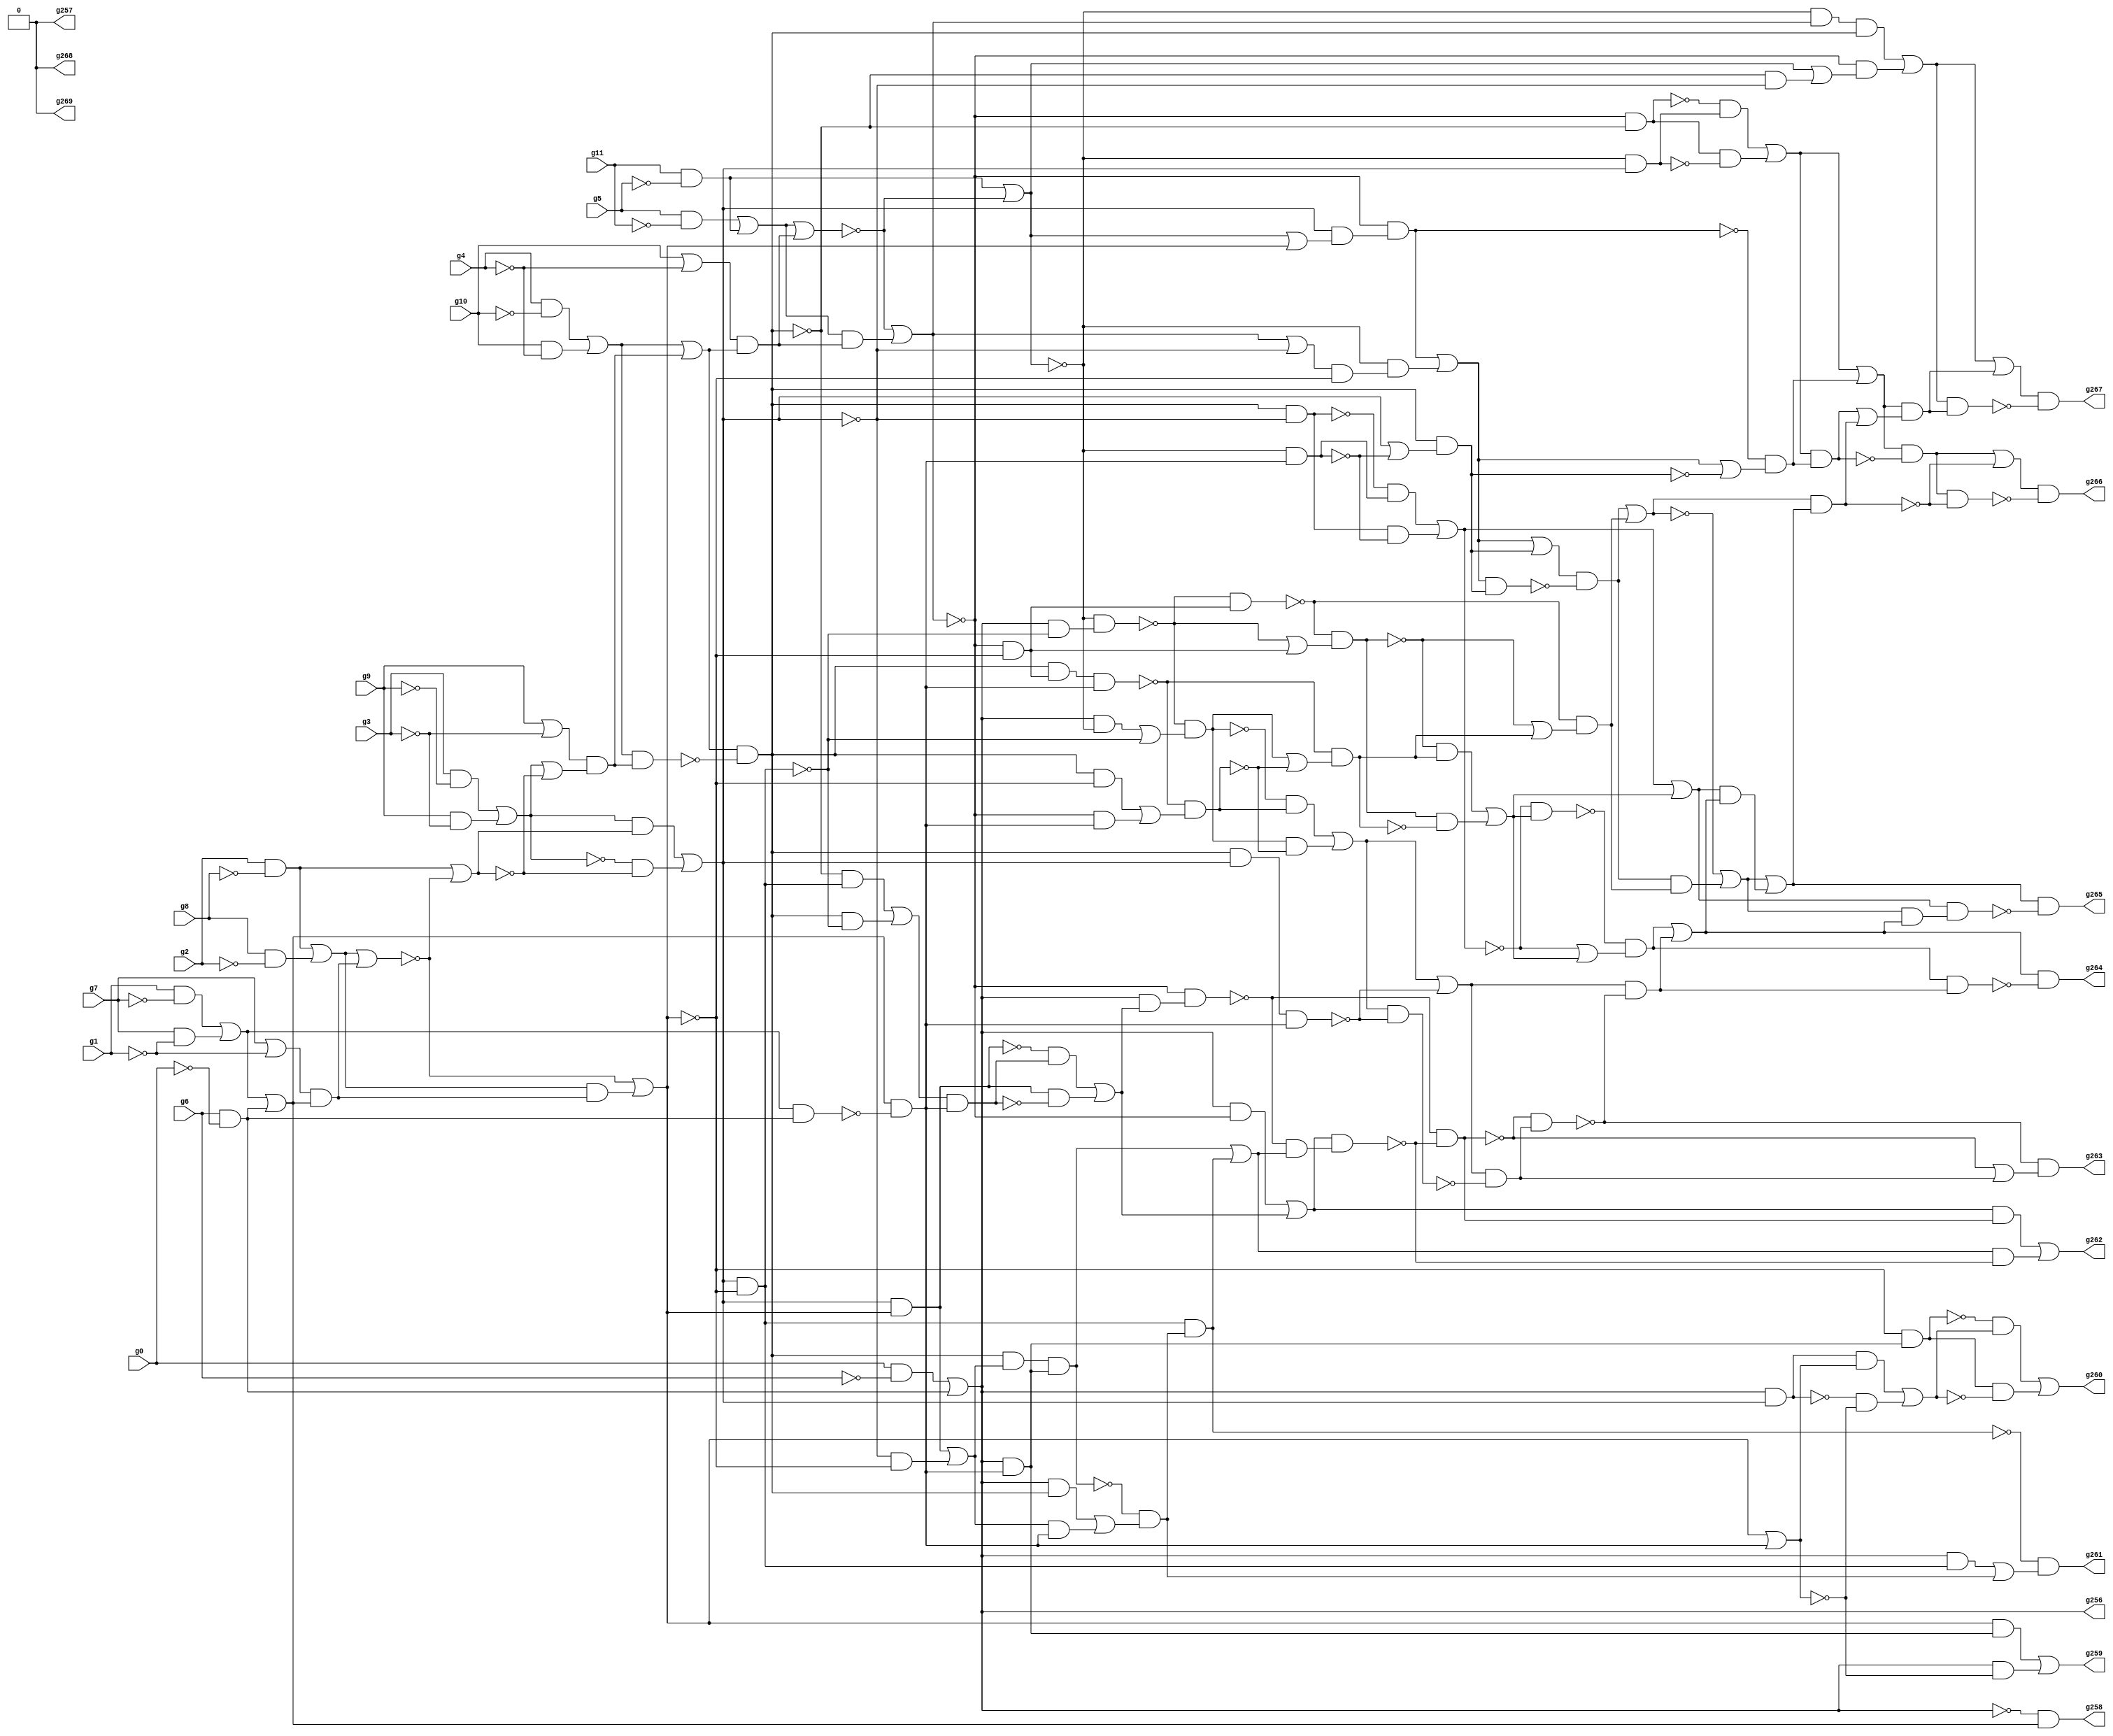
// Benchmark "circuit" written by ABC on Mon Apr 25 15:24:40 2022

module circuit ( 
    g0, g1, g2, g3, g4, g5, g6, g7, g8, g9, g10, g11,
    g269, g268, g267, g266, g265, g264, g263, g262, g261, g260, g259, g258,
    g257, g256  );
  input  g0, g1, g2, g3, g4, g5, g6, g7, g8, g9, g10, g11;
  output g269, g268, g267, g266, g265, g264, g263, g262, g261, g260, g259,
    g258, g257, g256;
  wire g15, g16, g17, g18, g19, g20, g21, g22, g23, g24, g25, g26, g27, g28,
    g29, g30, g31, g32, g33, g34, g35, g36, g37, g38, g39, g40, g41, g42,
    g43, g44, g45, g46, g47, g48, g49, g50, g51, g52, g53, g54, g55, g56,
    g57, g58, g59, g60, g61, g62, g63, g64, g65, g66, g67, g68, g69, g70,
    g71, g72, g73, g74, g75, g76, g77, g78, g79, g80, g81, g82, g83, g84,
    g85, g86, g87, g88, g89, g90, g91, g92, g93, g94, g95, g96, g97, g98,
    g99, g100, g101, g102, g103, g104, g105, g106, g107, g108, g109, g110,
    g111, g112, g113, g114, g115, g116, g117, g118, g119, g120, g121, g122,
    g123, g124, g125, g126, g127, g128, g129, g130, g131, g132, g133, g134,
    g135, g136, g137, g138, g139, g140, g141, g142, g143, g144, g145, g146,
    g147, g148, g149, g150, g151, g152, g153, g154, g155, g156, g157, g158,
    g159, g160, g161, g162, g163, g164, g165, g166, g167, g168, g169, g170,
    g171, g172, g173, g174, g175, g176, g177, g178, g179, g180, g181, g182,
    g183, g184, g185, g186, g187, g188, g189, g190, g191, g192, g193, g194,
    g195, g196, g197, g198, g199, g200, g201, g202, g203, g204, g205, g206,
    g207, g208, g209, g210, g211, g212, g213, g214, g215, g216, g217, g218,
    g219, g220, g221, g222, g223, g224, g225, g226, g227, g228, g229, g230,
    g231, g232, g233, g234, g235, g236, g237, g238, g239, g240, g241, g242,
    g243, g244, g245, g246, g247, g248, g249, g250, g251, g252, g253, g254,
    g255, g14, g13, g12;
  assign g15 = ~g11;
  assign g16 = ~g10;
  assign g17 = ~g9;
  assign g18 = ~g8;
  assign g19 = ~g7;
  assign g20 = ~g6;
  assign g21 = g5 & g15;
  assign g22 = ~g5;
  assign g23 = g11 & g22;
  assign g24 = g21 | g23;
  assign g25 = g4 & g16;
  assign g26 = ~g4;
  assign g27 = g10 | g26;
  assign g28 = g10 & g26;
  assign g29 = g25 | g28;
  assign g30 = g3 & g17;
  assign g31 = ~g3;
  assign g32 = g9 & g31;
  assign g33 = g30 | g32;
  assign g34 = ~g33;
  assign g35 = g9 | g31;
  assign g36 = g2 & g18;
  assign g37 = ~g2;
  assign g38 = g8 & g37;
  assign g39 = g36 | g38;
  assign g40 = g1 & g19;
  assign g41 = ~g1;
  assign g42 = g7 | g41;
  assign g43 = g7 & g41;
  assign g44 = g40 | g43;
  assign g45 = g0 & g20;
  assign g46 = ~g0;
  assign g47 = g6 & g46;
  assign g48 = g45 | g47;
  assign g49 = ~g48;
  assign g50 = g44 | g47;
  assign g51 = g42 & g50;
  assign g52 = g39 | g51;
  assign g53 = ~g52;
  assign g54 = g36 | g53;
  assign g55 = g33 & g54;
  assign g56 = ~g54;
  assign g57 = g33 | g56;
  assign g58 = g35 & g57;
  assign g59 = g29 | g58;
  assign g60 = g27 & g59;
  assign g61 = g24 | g60;
  assign g62 = ~g61;
  assign g63 = g23 | g62;
  assign g64 = ~g63;
  assign g65 = g48 & g64;
  assign g66 = g24 & g60;
  assign g67 = g62 | g66;
  assign g68 = g64 & g67;
  assign g69 = ~g67;
  assign g70 = g48 & g69;
  assign g71 = g29 & g58;
  assign g72 = ~g71;
  assign g73 = g59 & g72;
  assign g74 = g48 & g73;
  assign g75 = g68 & g73;
  assign g76 = ~g73;
  assign g77 = g69 & g76;
  assign g78 = ~g77;
  assign g79 = g34 & g56;
  assign g80 = g55 | g79;
  assign g81 = g64 & g80;
  assign g82 = g78 & g81;
  assign g83 = ~g81;
  assign g84 = g77 & g83;
  assign g85 = g82 | g84;
  assign g86 = g73 & g80;
  assign g87 = g48 & g80;
  assign g88 = ~g87;
  assign g89 = ~g80;
  assign g90 = g67 | g89;
  assign g91 = g73 & g89;
  assign g92 = ~g91;
  assign g93 = g76 & g89;
  assign g94 = g63 | g93;
  assign g95 = g69 & g94;
  assign g96 = g75 | g95;
  assign g97 = g39 & g51;
  assign g98 = g53 | g97;
  assign g99 = g63 | g98;
  assign g100 = g80 & g99;
  assign g101 = g69 & g100;
  assign g102 = ~g101;
  assign g103 = g80 & g98;
  assign g104 = ~g103;
  assign g105 = ~g98;
  assign g106 = g90 & g105;
  assign g107 = g64 & g106;
  assign g108 = g101 | g107;
  assign g109 = g80 & g105;
  assign g110 = g76 & g109;
  assign g111 = g48 & g109;
  assign g112 = ~g109;
  assign g113 = g48 & g112;
  assign g114 = g64 & g113;
  assign g115 = ~g114;
  assign g116 = g65 | g112;
  assign g117 = g115 & g116;
  assign g118 = ~g117;
  assign g119 = g73 & g112;
  assign g120 = g110 | g119;
  assign g121 = g69 & g105;
  assign g122 = g115 & g121;
  assign g123 = ~g122;
  assign g124 = g115 | g121;
  assign g125 = g123 & g124;
  assign g126 = ~g125;
  assign g127 = g73 & g121;
  assign g128 = g73 & g105;
  assign g129 = g89 & g105;
  assign g130 = g103 | g129;
  assign g131 = g73 & g130;
  assign g132 = g49 & g50;
  assign g133 = g44 & g47;
  assign g134 = ~g133;
  assign g135 = g50 & g134;
  assign g136 = g64 & g135;
  assign g137 = g92 & g136;
  assign g138 = ~g136;
  assign g139 = g80 | g138;
  assign g140 = g73 & g139;
  assign g141 = g108 | g140;
  assign g142 = g108 & g140;
  assign g143 = ~g142;
  assign g144 = g141 & g143;
  assign g145 = ~g140;
  assign g146 = g108 | g145;
  assign g147 = g102 & g146;
  assign g148 = g85 | g147;
  assign g149 = g85 & g147;
  assign g150 = ~g149;
  assign g151 = g148 & g150;
  assign g152 = g91 & g138;
  assign g153 = g137 | g152;
  assign g154 = ~g153;
  assign g155 = g127 & g135;
  assign g156 = ~g155;
  assign g157 = g69 & g135;
  assign g158 = g128 | g157;
  assign g159 = g156 & g158;
  assign g160 = g118 & g159;
  assign g161 = ~g159;
  assign g162 = g117 | g161;
  assign g163 = g156 & g162;
  assign g164 = g126 | g163;
  assign g165 = g123 & g164;
  assign g166 = g144 | g165;
  assign g167 = ~g166;
  assign g168 = g144 & g165;
  assign g169 = g167 | g168;
  assign g170 = g126 & g163;
  assign g171 = ~g163;
  assign g172 = g125 & g171;
  assign g173 = g170 | g172;
  assign g174 = g153 | g173;
  assign g175 = g154 & g173;
  assign g176 = ~g175;
  assign g177 = g154 | g173;
  assign g178 = g176 & g177;
  assign g179 = g117 & g161;
  assign g180 = g160 | g179;
  assign g181 = g120 & g135;
  assign g182 = g104 & g181;
  assign g183 = ~g181;
  assign g184 = g103 & g183;
  assign g185 = g182 | g184;
  assign g186 = g48 & g185;
  assign g187 = g69 & g186;
  assign g188 = ~g187;
  assign g189 = g70 | g185;
  assign g190 = g48 & g135;
  assign g191 = g131 & g190;
  assign g192 = ~g191;
  assign g193 = g98 & g190;
  assign g194 = g105 & g190;
  assign g195 = ~g194;
  assign g196 = g130 & g135;
  assign g197 = g74 | g196;
  assign g198 = g192 & g197;
  assign g199 = g109 & g198;
  assign g200 = g191 | g199;
  assign g201 = g188 & g200;
  assign g202 = g189 & g201;
  assign g203 = ~g202;
  assign g204 = g188 & g203;
  assign g205 = g189 & g204;
  assign g206 = ~g204;
  assign g207 = g200 & g203;
  assign g208 = g205 | g207;
  assign g209 = ~g199;
  assign g210 = g111 | g198;
  assign g211 = g209 & g210;
  assign g212 = g86 & g135;
  assign g213 = ~g212;
  assign g214 = g180 | g213;
  assign g215 = g180 & g213;
  assign g216 = ~g215;
  assign g217 = g214 & g216;
  assign g218 = g206 & g217;
  assign g219 = ~g218;
  assign g220 = g214 & g219;
  assign g221 = g178 | g220;
  assign g222 = g174 & g221;
  assign g223 = g169 | g222;
  assign g224 = g166 & g223;
  assign g225 = g149 | g224;
  assign g226 = g148 & g225;
  assign g227 = g96 | g226;
  assign g228 = g96 & g226;
  assign g229 = ~g228;
  assign g230 = g227 & g229;
  assign g231 = ~g224;
  assign g232 = g151 | g231;
  assign g233 = g151 & g231;
  assign g234 = ~g233;
  assign g235 = g232 & g234;
  assign g236 = g169 & g221;
  assign g237 = g174 & g236;
  assign g238 = ~g237;
  assign g239 = g223 & g238;
  assign g240 = g178 & g220;
  assign g241 = ~g240;
  assign g242 = g221 & g241;
  assign g243 = g206 | g217;
  assign g244 = g219 & g243;
  assign g245 = g98 | g135;
  assign g246 = g87 & g245;
  assign g247 = ~g245;
  assign g248 = g48 & g247;
  assign g249 = g193 | g248;
  assign g250 = g88 & g247;
  assign g251 = g246 | g250;
  assign g252 = g195 & g251;
  assign g253 = ~g251;
  assign g254 = g194 & g253;
  assign g255 = g252 | g254;
  assign g256 = g48;
  assign g257 = g14;
  assign g258 = g132;
  assign g259 = g249;
  assign g260 = g255;
  assign g261 = g211;
  assign g262 = g208;
  assign g263 = g244;
  assign g264 = g242;
  assign g265 = g239;
  assign g266 = g235;
  assign g267 = g230;
  assign g268 = g13;
  assign g269 = g12;
  assign g14 = 1'b0;
  assign g13 = 1'b0;
  assign g12 = 1'b0;
endmodule